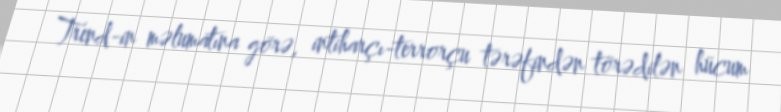
Trend-in məlumatına görə, intiharçı-terrorçu tərəfindən törədilən hücum